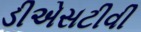
ડીએસટીવી